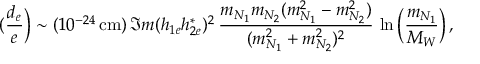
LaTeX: ( \frac { d _ { e } } { e } \Big ) \sim ( 1 0 ^ { - 2 4 } \, \mathrm { c m } ) \, \Im m ( h _ { 1 e } h _ { 2 e } ^ { * } ) ^ { 2 } \, \frac { m _ { N _ { 1 } } m _ { N _ { 2 } } ( m _ { N _ { 1 } } ^ { 2 } - m _ { N _ { 2 } } ^ { 2 } ) } { ( m _ { N _ { 1 } } ^ { 2 } + m _ { N _ { 2 } } ^ { 2 } ) ^ { 2 } } \, \ln \Big ( \frac { m _ { N _ { 1 } } } { M _ { W } } \Big ) \, ,